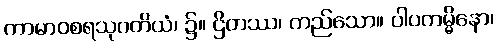
ကာမာဝစရသုဂတိယံ၊ ၌။ ဌိတဿ၊ တည်သော။ ပါပကမ္မိနော၊